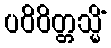
ပဝိဝိတ္တသ္မိံ